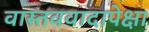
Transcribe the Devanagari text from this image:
वास्तववादापेक्षा